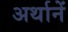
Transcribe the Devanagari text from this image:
अर्थानें